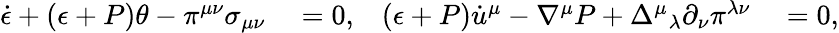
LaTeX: \begin{array}{rlrl}{\dot{\epsilon}+(\epsilon+P)\theta-\pi^{\mu\nu}\sigma_{\mu\nu}}&{{}=0,}&{(\epsilon+P)\dot{u}^{\mu}-\nabla^{\mu}P+\Delta^{\mu}{}_{\lambda}\partial_{\nu}\pi^{\lambda\nu}}&{{}=0,}\end{array}